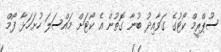
ސުޕްރީމް ކޯޓުގެ ގަވާއިދު ބުނާ ގޮތުން އެ ކޯޓަށް މައްސަލަ ހުށަހަޅާ ފޯމް